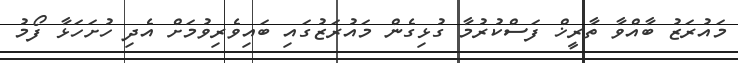
މައުރަޒު ބާއްވާ ތާރީޚް ފަސްކުރުމާ ގުޅިގެން މައުރަޒުގައި ބައިވެރިވުމަށް އެދި ހުށަހަޅާ ފޯމު